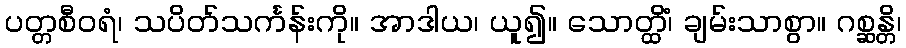
ပတ္တစီဝရံ၊ သပိတ်သင်္ကန်းကို။ အာဒါယ၊ ယူ၍။ သောတ္ထိံ၊ ချမ်းသာစွာ။ ဂစ္ဆန္တိ၊